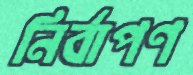
নির্বাপণ